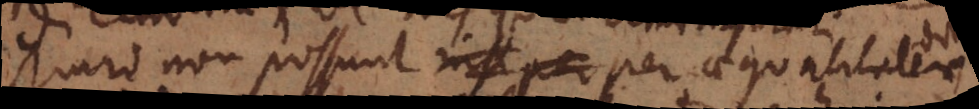
directe non possunt nisi per per aequalitatem